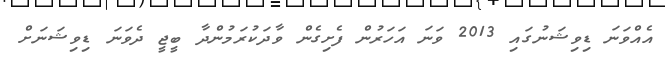
އެއްވަނަ ޑިވިޝަނުގައި 2013 ވަނަ އަހަރުން ފެށިގެން ވާދަކުރަމުންދާ ބީޖީ ދެވަނަ ޑިވިޝަނަށް